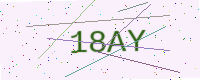
Text: 18AY